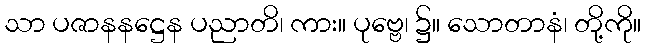
သာ ပဇာနနဋ္ဌေန ပညာတိ၊ ကား။ ပုဗ္ဗေ၊ ၌။ သောတာနံ၊ တို့ကို။